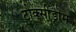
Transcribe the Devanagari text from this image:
टौक्सीड्रोम